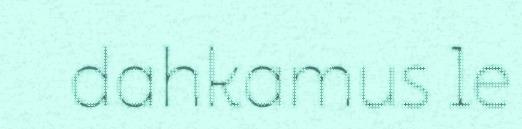
dahkamus le